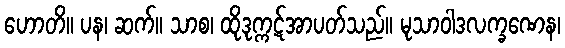
ဟောတိ။ ပန၊ ဆက်။ သာစ၊ ထိုဒုက္ကဋ်အာပတ်သည်။ မုသာဝါဒလက္ခဏေန၊